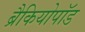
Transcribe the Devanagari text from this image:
ब्रैकियोपॉड